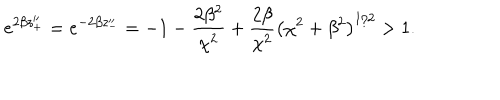
LaTeX: e ^ { 2 \beta z _ { + } ^ { \prime \prime } } = e ^ { - 2 \beta z _ { - } ^ { \prime \prime } } = - 1 - \frac { 2 \beta ^ { 2 } } { \chi ^ { 2 } } + \frac { 2 \beta } { \chi ^ { 2 } } \left( \chi ^ { 2 } + \beta ^ { 2 } \right) ^ { 1 / 2 } > 1 .